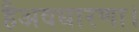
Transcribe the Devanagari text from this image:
हैअवधारणा।